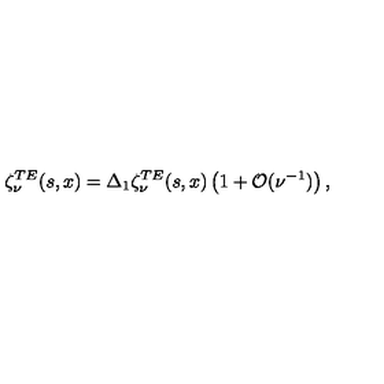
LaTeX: \zeta _ { \nu } ^ { T E } ( s , x ) = \Delta _ { 1 } \zeta _ { \nu } ^ { T E } ( s , x ) \left( 1 + { \cal O } ( \nu ^ { - 1 } ) \right) ,